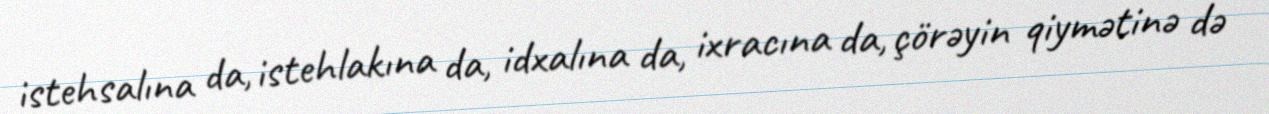
istehsalına da, istehlakına da, idxalına da, ixracına da, çörəyin qiymətinə də